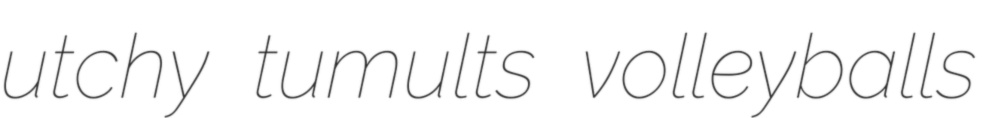
utchy tumults volleyballs